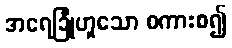
အရေခြုံဟူသော စကားစ၍